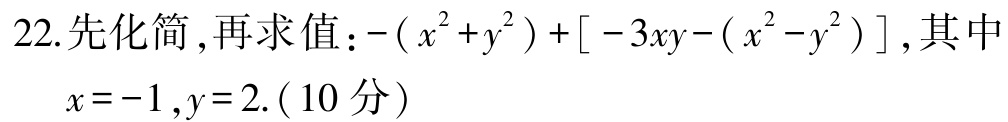
22.先化简,再求值：\(-(x^{2}+y^{2})+[-3xy-(x^{2}-y^{2})]\),其中\(x = -1,y = 2\).(10分)